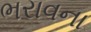
ભરાવના